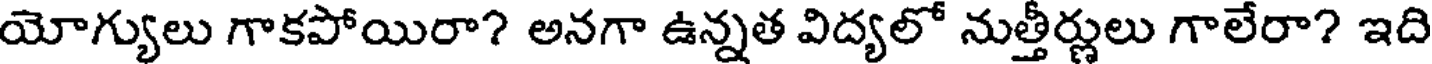
యోగ్యులు గాకపోయిరా? అనగా ఉన్నత విద్యలో నుత్తీర్ణులు గాలేరా? ఇది